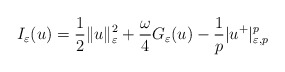
\begin{align*}I_{\varepsilon}(u)=\frac{1}{2}\|u\|_{\varepsilon}^{2}+\frac{\omega}{4}G_{\varepsilon}(u)-\frac{1}{p}|u^{+}|_{\varepsilon,p}^{p}\end{align*}